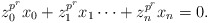
\begin{align*}z_0^{p^r}x_0+z_1^{p^r}x_1\cdots+z_n^{p^r}x_n=0.\end{align*}